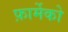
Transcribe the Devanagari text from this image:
फ़ार्मेको